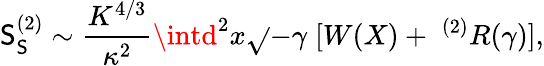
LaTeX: \mathsf{S}_{\mathsf{S}}^{(2)}\sim\frac{{K^{4/3}}}{{\kappa^{2}}}\intd^{2}x\sqrt{}{{-\gamma}}\; [W(X)+\; ^{(2)}R(\gamma)],